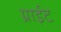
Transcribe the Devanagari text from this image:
ग्राईट